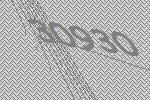
30930